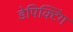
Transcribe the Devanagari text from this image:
डेपिक्टिंग